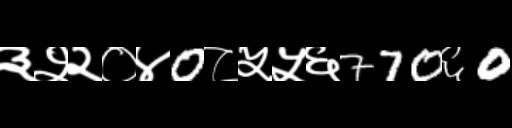
Text: ३२२०४0८५५६770६0